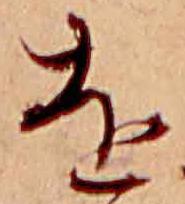
を